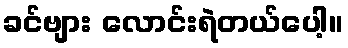
ခင်ဗျား လောင်းရဲတယ်ပေါ့။